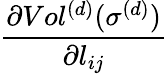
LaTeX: \frac{\partial Vol^{(d)}(\sigma^{(d)})}{\partial l_{ij}}